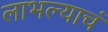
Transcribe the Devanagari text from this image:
लाभल्याचं